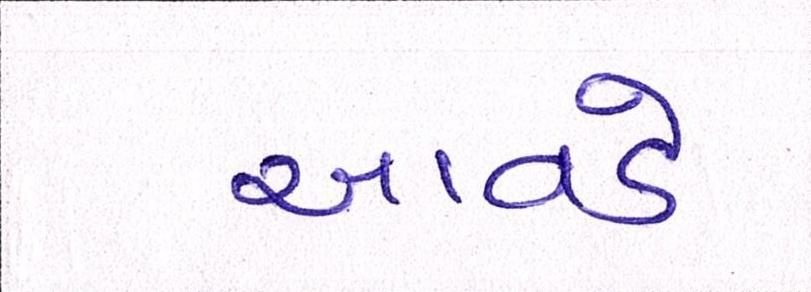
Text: આવડે